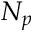
N _ { p }